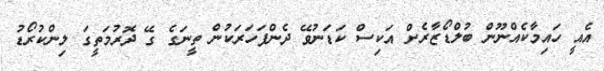
އެއީ ހައިމާކެއްނޫން ބުލްޑޯޒާރެށް އަކިސް ކަޑަނުވޭ ދެންފަހަރަކުން ތީނަގެ ގޭ ދޮރުމަތީގަ ލިންކުރޯޑު